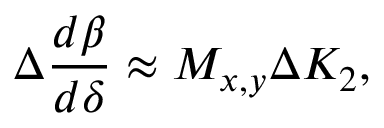
\Delta \frac { d \beta } { d \delta } \approx M _ { x , y } \Delta K _ { 2 } ,